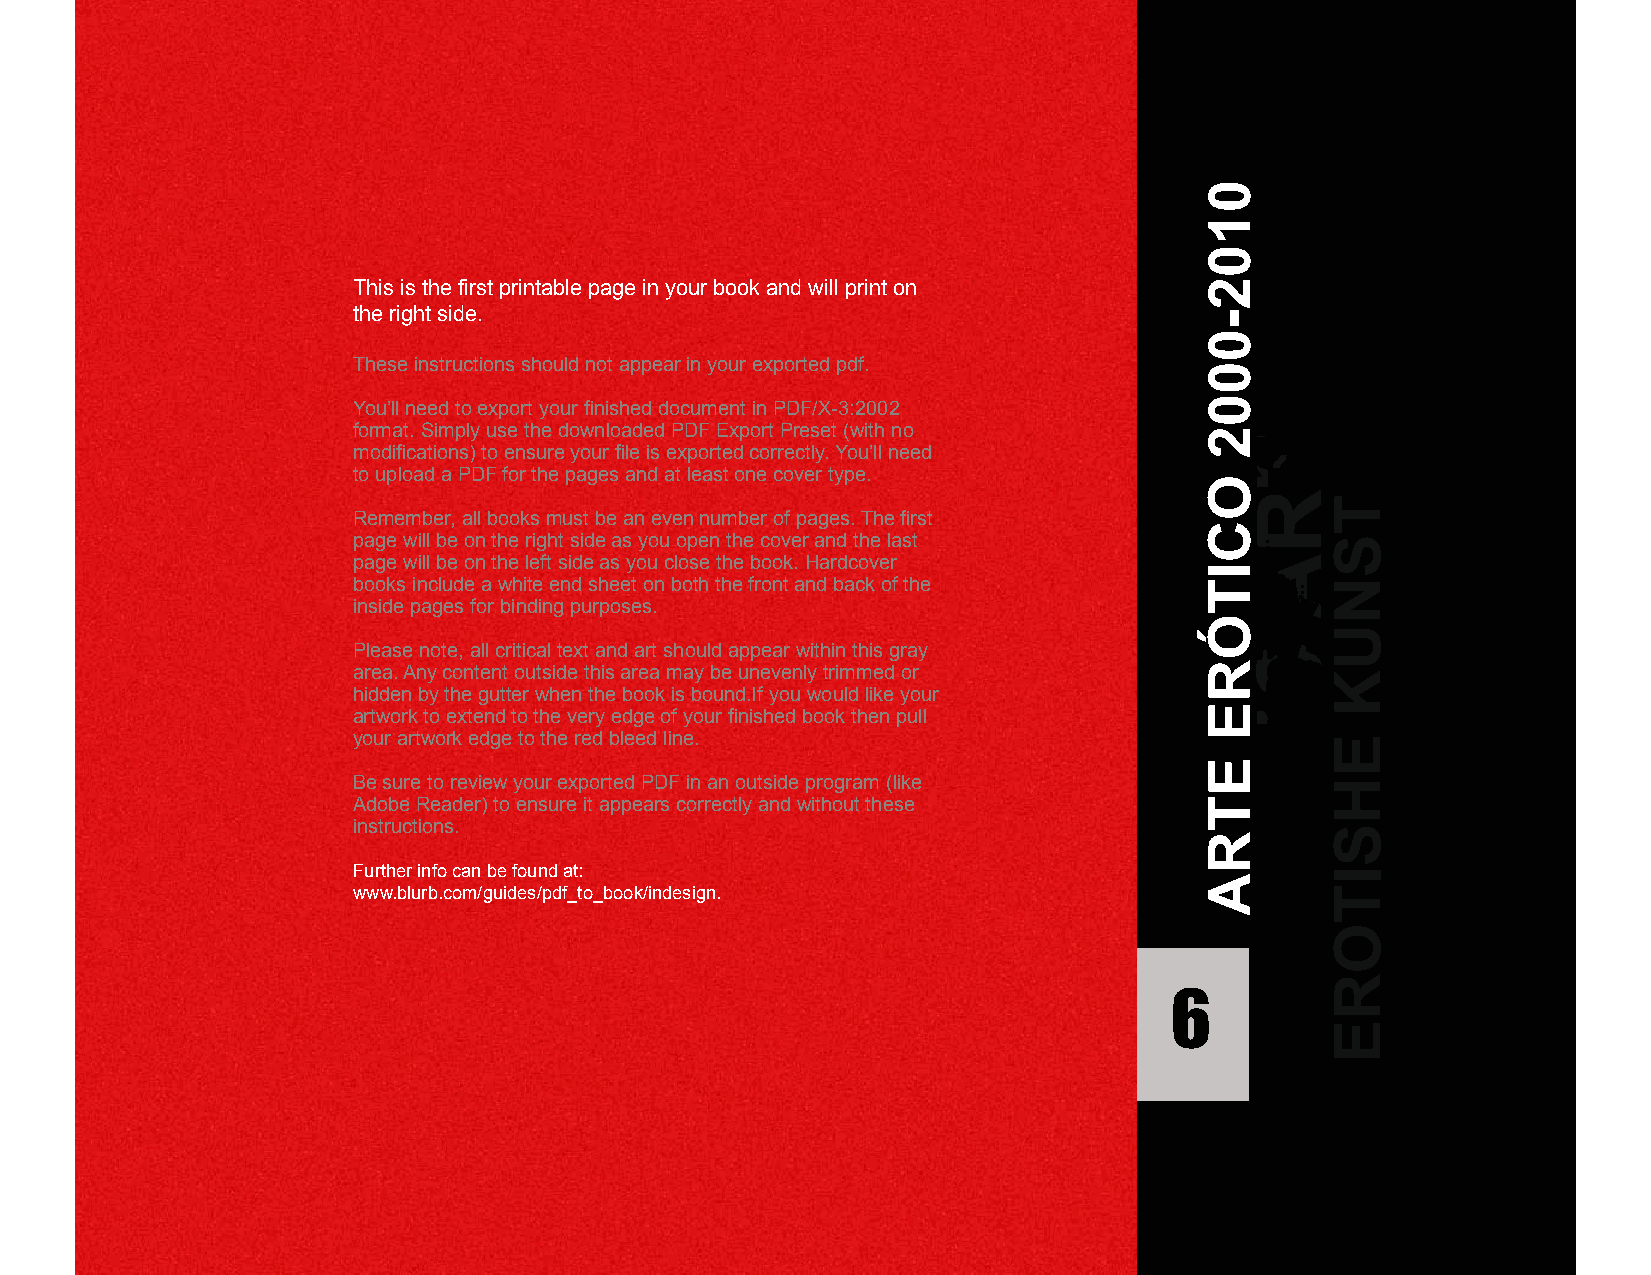
This is the first printable page in your book and will print on
 the right side.
 These instructions should not appear in your exported pdf.
 You’ll need to export your finished document in PDF/X-3:2002
 format. Simply use the downloaded PDF Export Preset (with no
 modifications) to ensure your file is exported correctly. You’ll need
 to upload a PDF for the pages and at least one cover type.
 Remember, all books must be an even number of pages. The first
 page will be on the right side as you open the cover and the last
 page will be on the left side as you close the book. Hardcover
 books include a white end sheet on both the front and back of the
 inside pages for binding purposes.
 Please note, all critical text and art should appear within this gray
 area. Any content outside this area may be unevenly trimmed or
 hidden by the gutter when the book is bound.If you would like your
 artwork to extend to the very edge of your finished book then pull
 your artwork edge to the red bleed line.
 Be sure to review your exported PDF in an outside program (like
 Adobe Reader) to ensure it appears correctly and without these
 instructions.
 Further info can be found at:
 www.blurb.com/guides/pdf_to_book/indesign.
 6
 0102-0002
 OCITÓRE
 ETRA
 TRA
 CITORE
 TSNUK
 EHSITORE